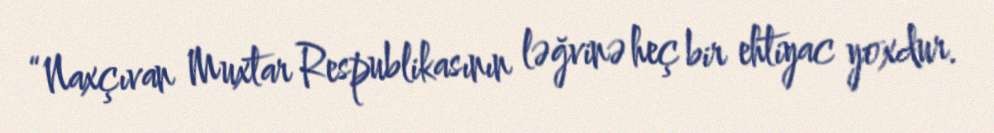
“Naxçıvan Muxtar Respublikasının ləğvinə heç bir ehtiyac yoxdur.